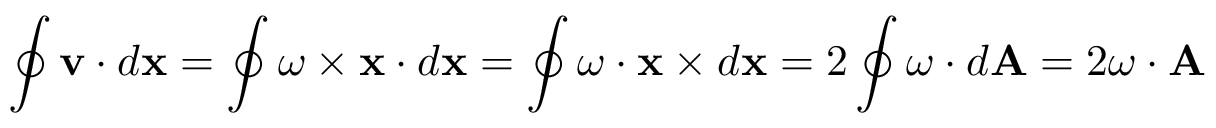
\oint \mathbf { v } \cdot d \mathbf { x } = \oint { \boldsymbol { \omega } } \times \mathbf { x } \cdot d \mathbf { x } = \oint { \boldsymbol { \omega } } \cdot \mathbf { x } \times d \mathbf { x } = 2 \oint { \boldsymbol { \omega } } \cdot d \mathbf { A } = 2 { \boldsymbol { \omega } } \cdot \mathbf { A }